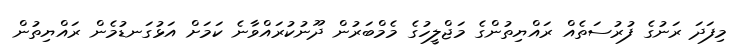
މިފަދަ ރަނުގެ ފުރުސަތެއް ރައްޔިތުންގެ މަޖްލީހުގެ މެމްބަރުން ދޫނުކުރައްވާނެ ކަމަށް އަޅުގަނޑުމެން ރައްޔިތުން